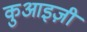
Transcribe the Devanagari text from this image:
कुआइज़ी